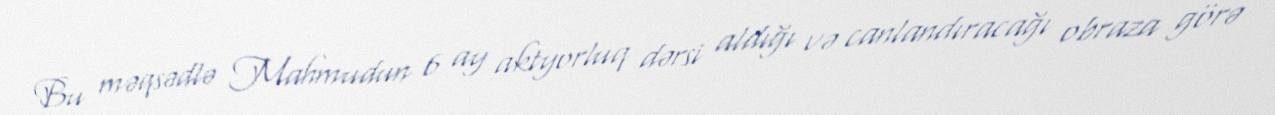
Bu məqsədlə Mahmudun 6 ay aktyorluq dərsi aldığı və canlandıracağı obraza görə